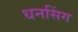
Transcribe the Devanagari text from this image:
धनसिंग